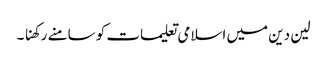
لین دین میں اسلامی تعلیمات کو سامنے رکھنا ۔